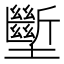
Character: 𱘚